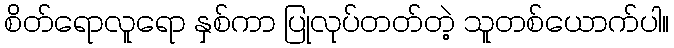
စိတ်ရောလူရော နှစ်ကာ ပြုလုပ်တတ်တဲ့ သူတစ်ယောက်ပါ။